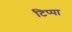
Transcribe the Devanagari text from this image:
टिप्पा